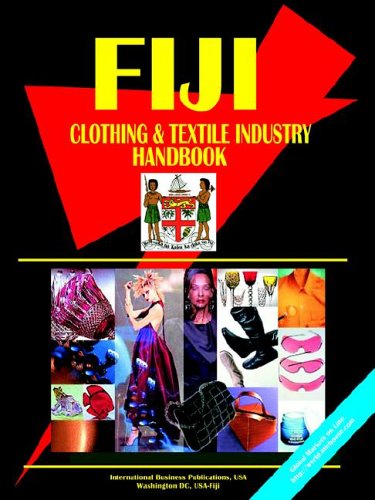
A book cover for Fiji Clothing and Textile Industry Handbook; Ibp Usa; Travel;